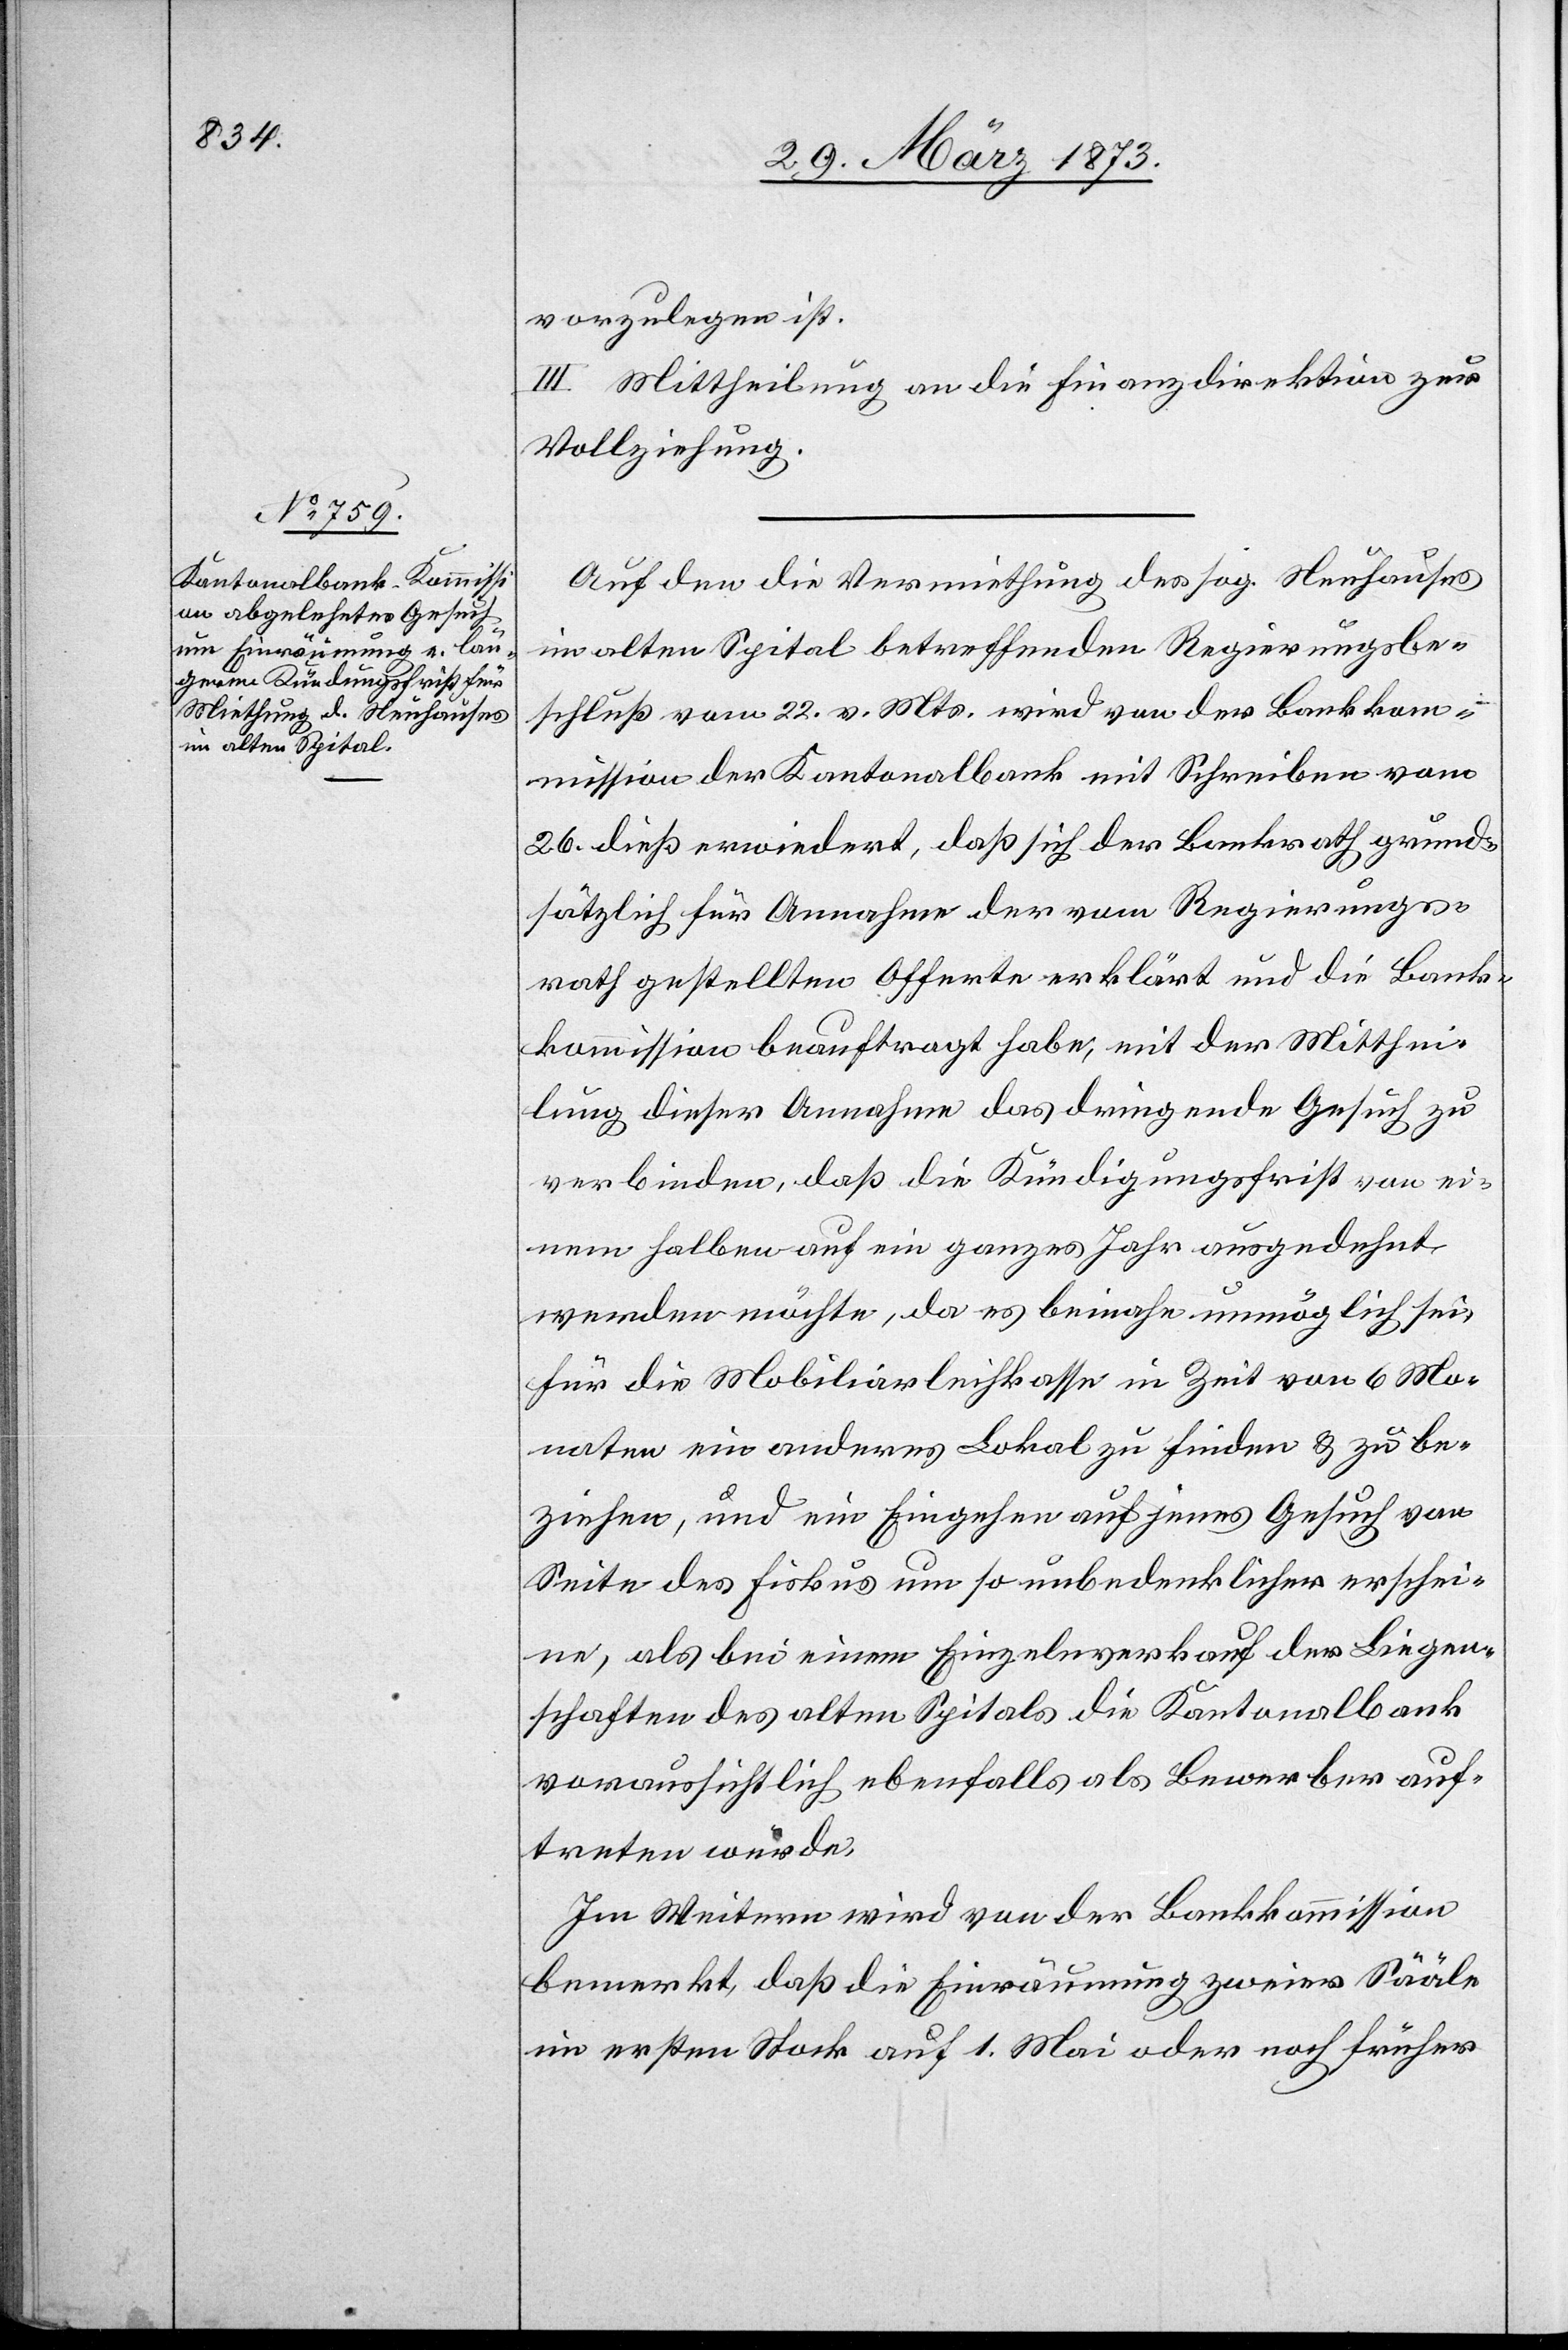
vorzulegen ist.
III. Mittheilung an die Finanzdirektion zur
Vollziehung.
Auf den die Vermiethung des sog. Neuhauses
im alten Spital betreffenden Regierungsbe¬
schluß vom 22. v. Mts. wird von der Bankkom¬
mission der Kantonalbank mit Schreiben vom
26. dieß erwiedert, daß sich der Bankrath grund¬
sätzlich für Annahme der vom Regierungs¬
rath gestellten Offerte erklärt und die Bank¬
kommission beauftragt habe, mit der Mitthei¬
lung dieser Annahme das dringende Gesuch zu
verbinden, daß die Kündigungsfrist von ei¬
nem halben auf ein ganzes Jahr ausgedehnt
werden möchte, da es beinahe unmöglich sei,
für die Mobiliarleihkasse in Zeit von 6 Mo¬
naten ein anderes Lokal zu finden u. zu be¬
ziehen, und ein Eingehen auf jenes Gesuch von
Seite des Fiskus um so unbedenklicher erschei¬
ne, als bei einem Einzelnverkauf der Liegen¬
schaften des alten Spitals die Kantonalbank
voraussichtlich ebenfalls als Bewerber auf¬
treten werde.
Im Weitern wird von der Bankkommission
bemerkt, daß die Einräumung zweier Sääle
im ersten Stock auf 1. Mai oder noch früher